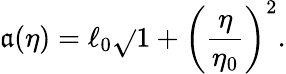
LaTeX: \mathfrak{a}(\eta)=\ell_{0}\sqrt{}{{1+\biggl(\frac{{\eta}}{{\eta_{0}}}\biggr)^{2}}}.